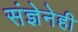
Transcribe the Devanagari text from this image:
संज्ञेनेही